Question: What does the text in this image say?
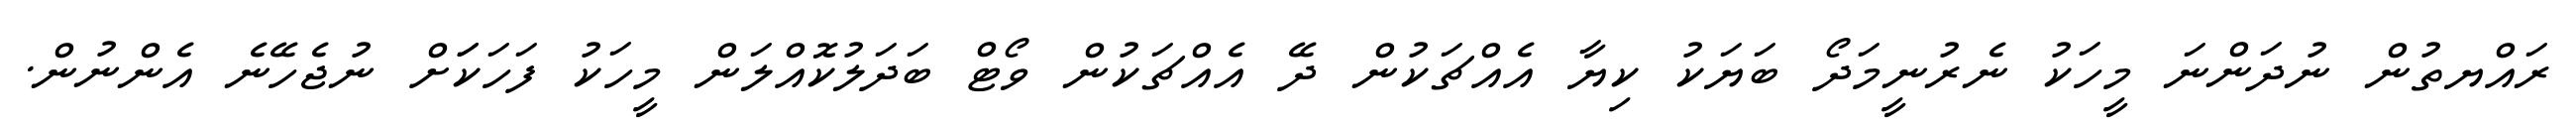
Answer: ރައްޔތުން ނުދަންނަ މީހަކު ނެރުނީމަދޯ ބަޔަކު ކިޔާ އެއްޗަކުން ދޭ އެއްޗަކުން ވޯޓް ބަދަލުކޮއްލަން މީހަކު ފަހަކަަށް ނުޖެހޭނެ އެންނުން.